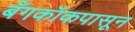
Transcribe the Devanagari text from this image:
बँगकॉकपासून